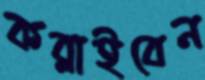
কব্‌লাইবেন